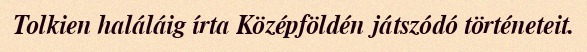
Tolkien haláláig írta Középföldén játszódó történeteit.